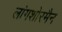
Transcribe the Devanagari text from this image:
लांगशोरमैन